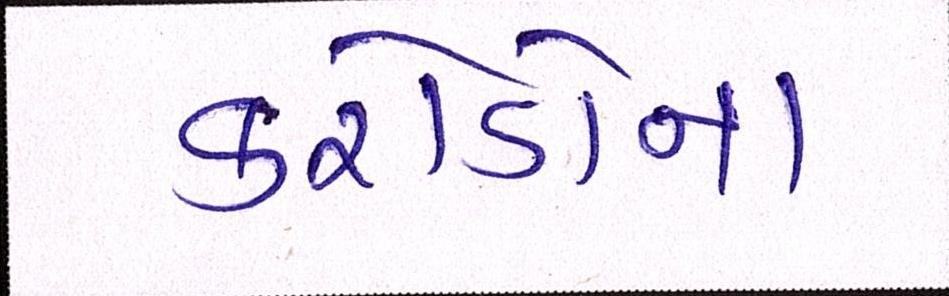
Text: કરોડોના